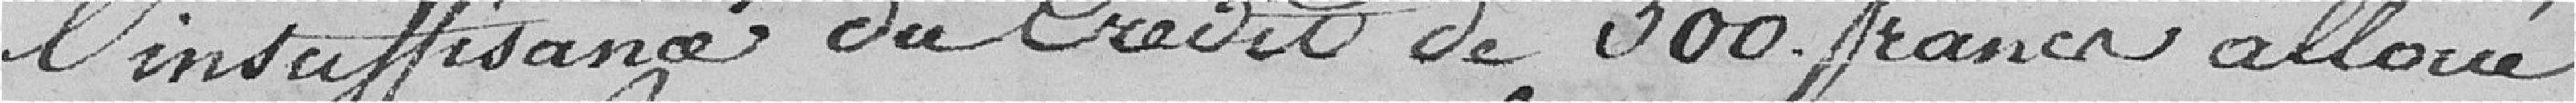
l'insuffisance du crédit de 300 francs alloué